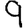
Digit: 9